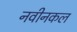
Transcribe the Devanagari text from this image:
नवीनकल